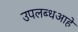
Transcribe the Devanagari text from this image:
उपलब्धआहे